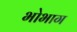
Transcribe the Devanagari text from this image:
भोभाग